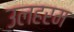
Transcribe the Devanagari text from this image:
उलहरम